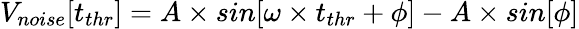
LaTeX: V_{noise}[t_{thr}]=A\times sin[\omega\times t_{thr}+\phi]-A\times sin[\phi]